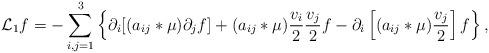
LaTeX: \begin{align*} \mathcal{L}_1f=-\sum_{i,j=1}^3\left\{\partial_i[(a_{ij}*\mu)\partial_jf]+(a_{ij}*\mu)\frac{v_i}{2}\frac{v_j}{2}f-\partial_i\left[(a_{ij}*\mu)\frac{v_j}{2}\right]f\right\},\end{align*}